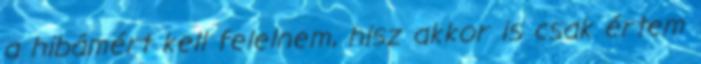
a hibámért kell felelnem, hisz akkor is csak értem